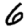
Digit: 6